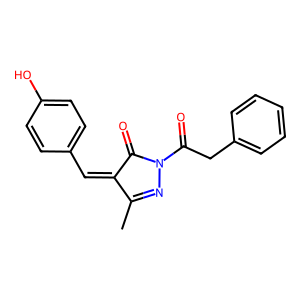
SMILES: CC1=NN(C(=O)Cc2ccccc2)C(=O)C1=Cc1ccc(O)cc1
Inhibits HIV replication: No